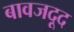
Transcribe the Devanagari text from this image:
बावजदूद